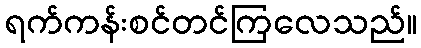
ရက်ကန်းစင်တင်ကြလေသည်။